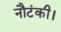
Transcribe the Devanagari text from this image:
नौटंकी।